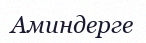
Аминдерге